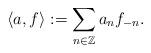
LaTeX: \begin{align*} \left\langle a, f \right\rangle := \sum_{n \in \mathbb{Z}} a_n f_{-n}.\end{align*}